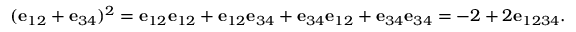
( \mathbf { e } _ { 1 2 } + \mathbf { e } _ { 3 4 } ) ^ { 2 } = \mathbf { e } _ { 1 2 } \mathbf { e } _ { 1 2 } + \mathbf { e } _ { 1 2 } \mathbf { e } _ { 3 4 } + \mathbf { e } _ { 3 4 } \mathbf { e } _ { 1 2 } + \mathbf { e } _ { 3 4 } \mathbf { e } _ { 3 4 } = - 2 + 2 \mathbf { e } _ { 1 2 3 4 } .